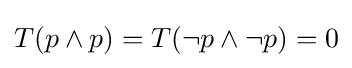
T(p\wedge p)=T(\neg p\wedge \neg p)=0